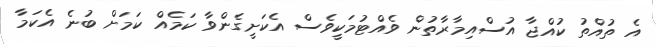
އެ ތުއްތު ކުއްޖާ އުސްއިމާރާތުން ވެއްޓުމަކީވެސް އެކަށީގެންވާ ކަމެއް ކަމަށް ބުނެ އެކަމާ